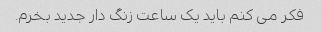
فکر می کنم باید یک ساعت زنگ دار جدید بخرم.